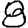
Digit: 8